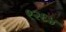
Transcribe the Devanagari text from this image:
९२६४